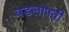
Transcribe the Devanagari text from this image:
वडलापती